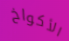
الأكواخ